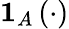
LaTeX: \mathbf{1}_{A}\left(\cdot\right)